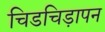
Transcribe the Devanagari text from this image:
चिडचिड़ापन